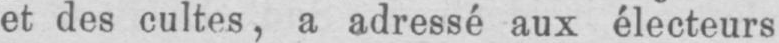
et des cultes, a adressé aux électeurs